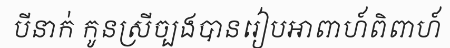
បីនាក់ កូនស្រីច្បងបានរៀបអាពាហ៍ពិពាហ៍